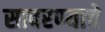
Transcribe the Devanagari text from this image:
सावरण्याचे